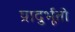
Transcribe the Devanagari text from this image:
प्रादुर्भूतो